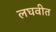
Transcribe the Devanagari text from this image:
लघवीत